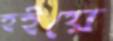
হইয়ে